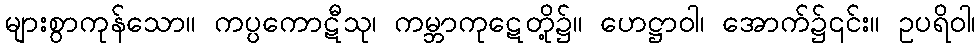
များစွာကုန်သော။ ကပ္ပကောဋီသု၊ ကမ္ဘာကုဋေတို့၌။ ဟေဋ္ဌာဝါ၊ အောက်၌၎င်း။ ဥပရိဝါ၊